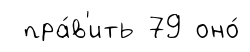
пра́в'ить 79 оно́